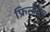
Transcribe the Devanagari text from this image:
फ्रिन्डाल